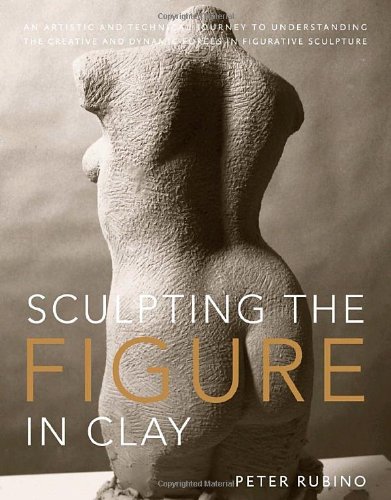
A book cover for Sculpting the Figure in Clay: An Artistic and Technical Journey to Understanding the Creative and Dynamic Forces in Figurative Sculpture; Peter Rubino; Arts & Photography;